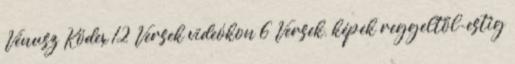
Vénusz Kódex 12 Versek videókon 6 Versek, képek reggeltől-estig